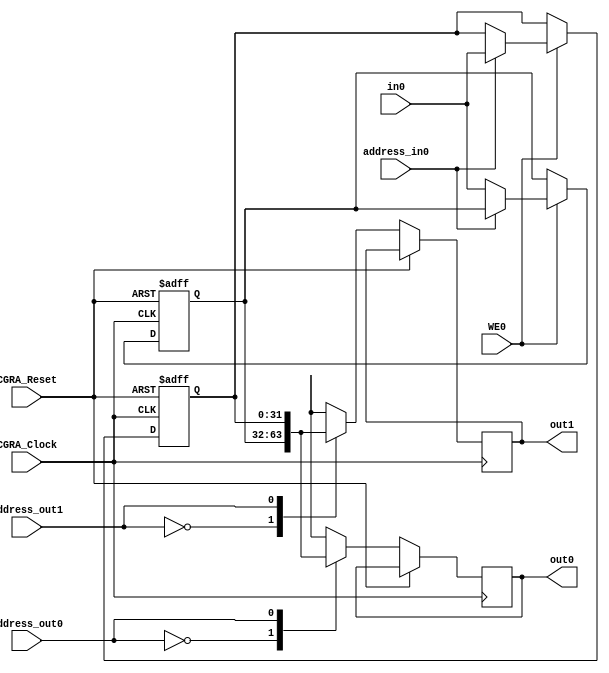
`timescale 1ns/1ps
module registerFile_1in_2out_32b(CGRA_Clock, CGRA_Reset, WE0, address_in0, address_out0, address_out1, in0, out0, out1);
    parameter log2regs = 1;
    parameter size = 32;
    // Specifying the ports
    input CGRA_Clock, CGRA_Reset;
    input WE0;
    input [log2regs-1:0] address_in0;
    input [log2regs-1:0] address_out0;
    input [log2regs-1:0] address_out1;
    input [size-1:0] in0;
    output reg [size-1:0] out0;
    output reg [size-1:0] out1;

    // Setting the always blocks and inside registers
    reg [size-1:0] register[2**log2regs-1:0];
    always@(posedge CGRA_Clock, posedge CGRA_Reset)
        if(CGRA_Reset)
            begin : RESET
                integer i;
                for (i = 0; i < 2**log2regs; i = i+1)
                    register[i] <= 0;
            end
        else
            begin
                out0 <= register[address_out0];
                out1 <= register[address_out1];
                if(WE0)
                    register[address_in0] <= in0;
            end
endmodule